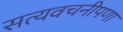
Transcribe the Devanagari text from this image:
सत्यवचनीपणा